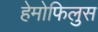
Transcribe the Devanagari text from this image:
हेमोफिलुस